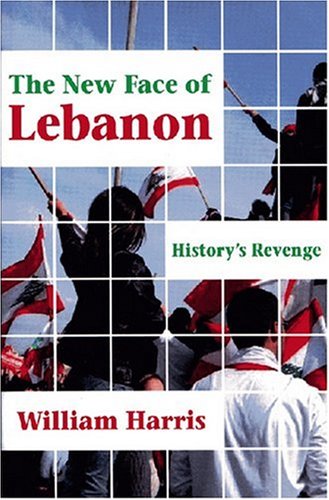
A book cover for The New Face of Lebanon: History's Revenge (Princeton Series on the Middle East); William W. Harris; History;